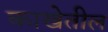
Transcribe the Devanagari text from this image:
काखेतील